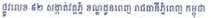
ផ្លូវលេខ ៩២ សង្កាត់វត្តភ្នំ ខណ្ឌដូនពេញ រាជធានីភ្នំពេញ កម្ពុជា